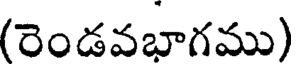
(రెండవభాగము)